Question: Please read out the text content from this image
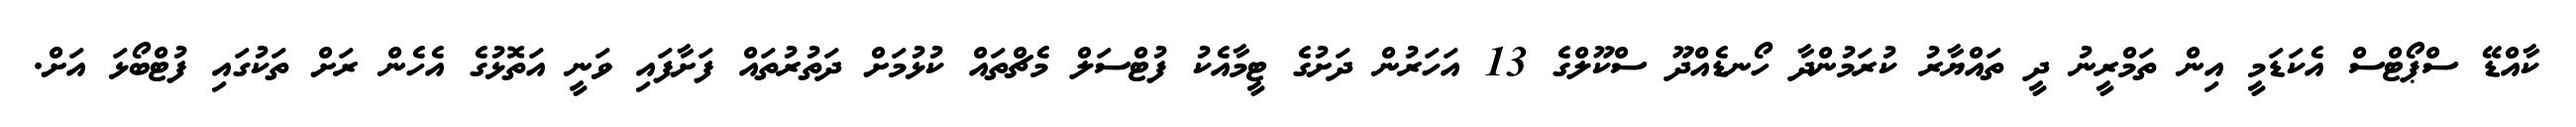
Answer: ކާއްޑޭ ސްޕޯޓްސް އެކަޑަމީ އިން ތަމްރީނު ދީ ތައްޔާރު ކުރަމުންދާ ހޯނޑެއްދޫ ސްކޫލްގެ 13 އަހަރުން ދަށުގެ ޓީމާއެކު ފުޓްސަލް މެޗްތައް ކުޅުމަށް ދަތުރުތައް ފަށާފައި ވަނީ އަތޮޅުގެ އެހެން ރަށް ތަކުގައި ފުޓްބޯޅަ އަށް.